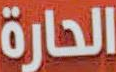
الحارة